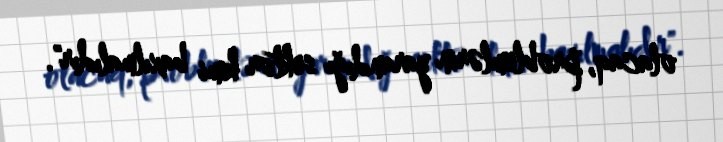
olacaq, problemlərin yarandığı sektor kimi baxılmalıdır".